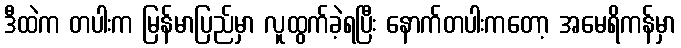
ဒီထဲက တပါးက မြန်မာပြည်မှာ လူထွက်ခဲ့ရပြီး နောက်တပါးကတော့ အမေရိကန်မှာ